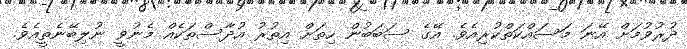
ދުރުވުމަށް އޭނަ މަސައްކަތްކުރިއެވެ. އޭގެ ސަބަބުން ހިތަށް އިތުރު އުދާސްތަކެއް މެނުވީ ނުލިބޭނެތީއެވެ.